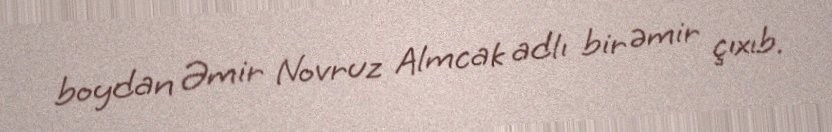
boydan Əmir Novruz Almcak adlı bir əmir çıxıb.